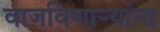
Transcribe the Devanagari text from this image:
वाजविणार्‍यांना